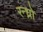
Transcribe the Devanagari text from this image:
रन्ध्रो